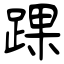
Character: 踝